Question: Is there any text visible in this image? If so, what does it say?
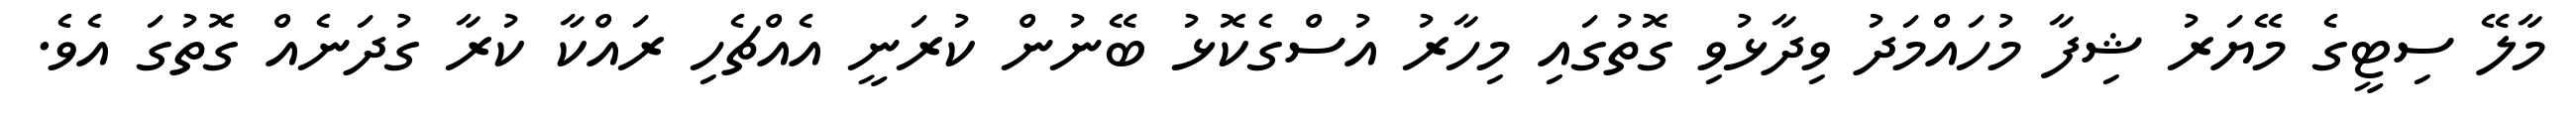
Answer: މާލޭ ސިޓީގެ މޭޔަރު ޝިފާ މުހައްމަދު ވިދާޅުވި ގޮތުގައި މިހާރު އުސްގެކޮޅު ބޭނުން ކުރަނީ އެއްޗެހި ރައްކާ ކުރާ ގުދަނެއް ގޮތުގަ އެވެ.